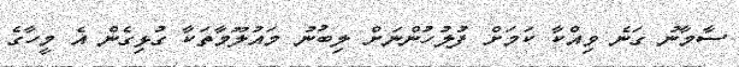
ސާމާނު ގަނެ ވިއްކާ ކަމަށް ފުލުހުންނަށް ލިބުނު މައުލޫމާތަކާ ގުޅިގެން އެ މީހާގެ